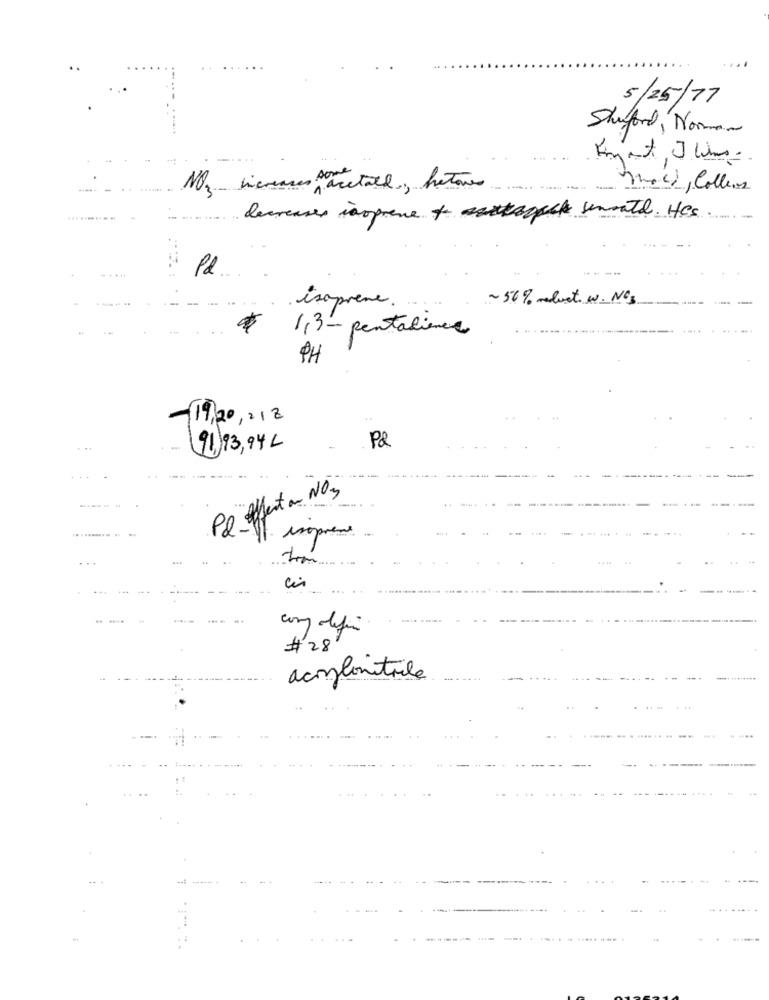
5/25/77
Shuford, Norman
NO3_ licreases pacetall, fatores
maci, Colheres
............
decreases isopreme of settagach semouth. He's
Pd
-- --
----
~50% reluct. w. NO3
-
isaprene. .
$
1,3 - pentalience
9H
-19,20,218
(91) 73, 94 L
P&
...
PQ Affect an NO3
isopment
-
#28
acoglinitale
------ -